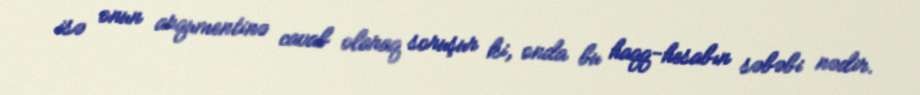
isə onun arqumentinə cavab olaraq soruşur ki, onda bu haqq-hesabın səbəbi nədir.